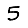
Digit: 5